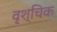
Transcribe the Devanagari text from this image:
वृश्‍चिक